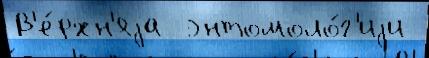
В'е́рхн'яjа  энтомоло́г'иjи